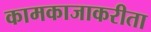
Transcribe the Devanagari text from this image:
कामकाजाकरीता